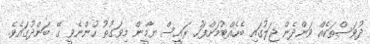
ދުވަސްތަކެއް ވަންދެން ޖަލުގައި ބެހެއްޓުމަށްފަހު ރައީސް ޔާމީން މިވަގުތު ހުންނެވީ ގޭ ބަންދުގައެވެ.